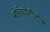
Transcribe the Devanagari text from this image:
बोज़ियोनीलोस